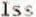
ISS